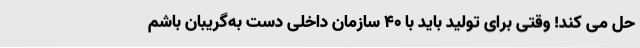
حل می کند! وقتی برای تولید باید با 40 سازمان داخلی دست به‌گریبان باشم